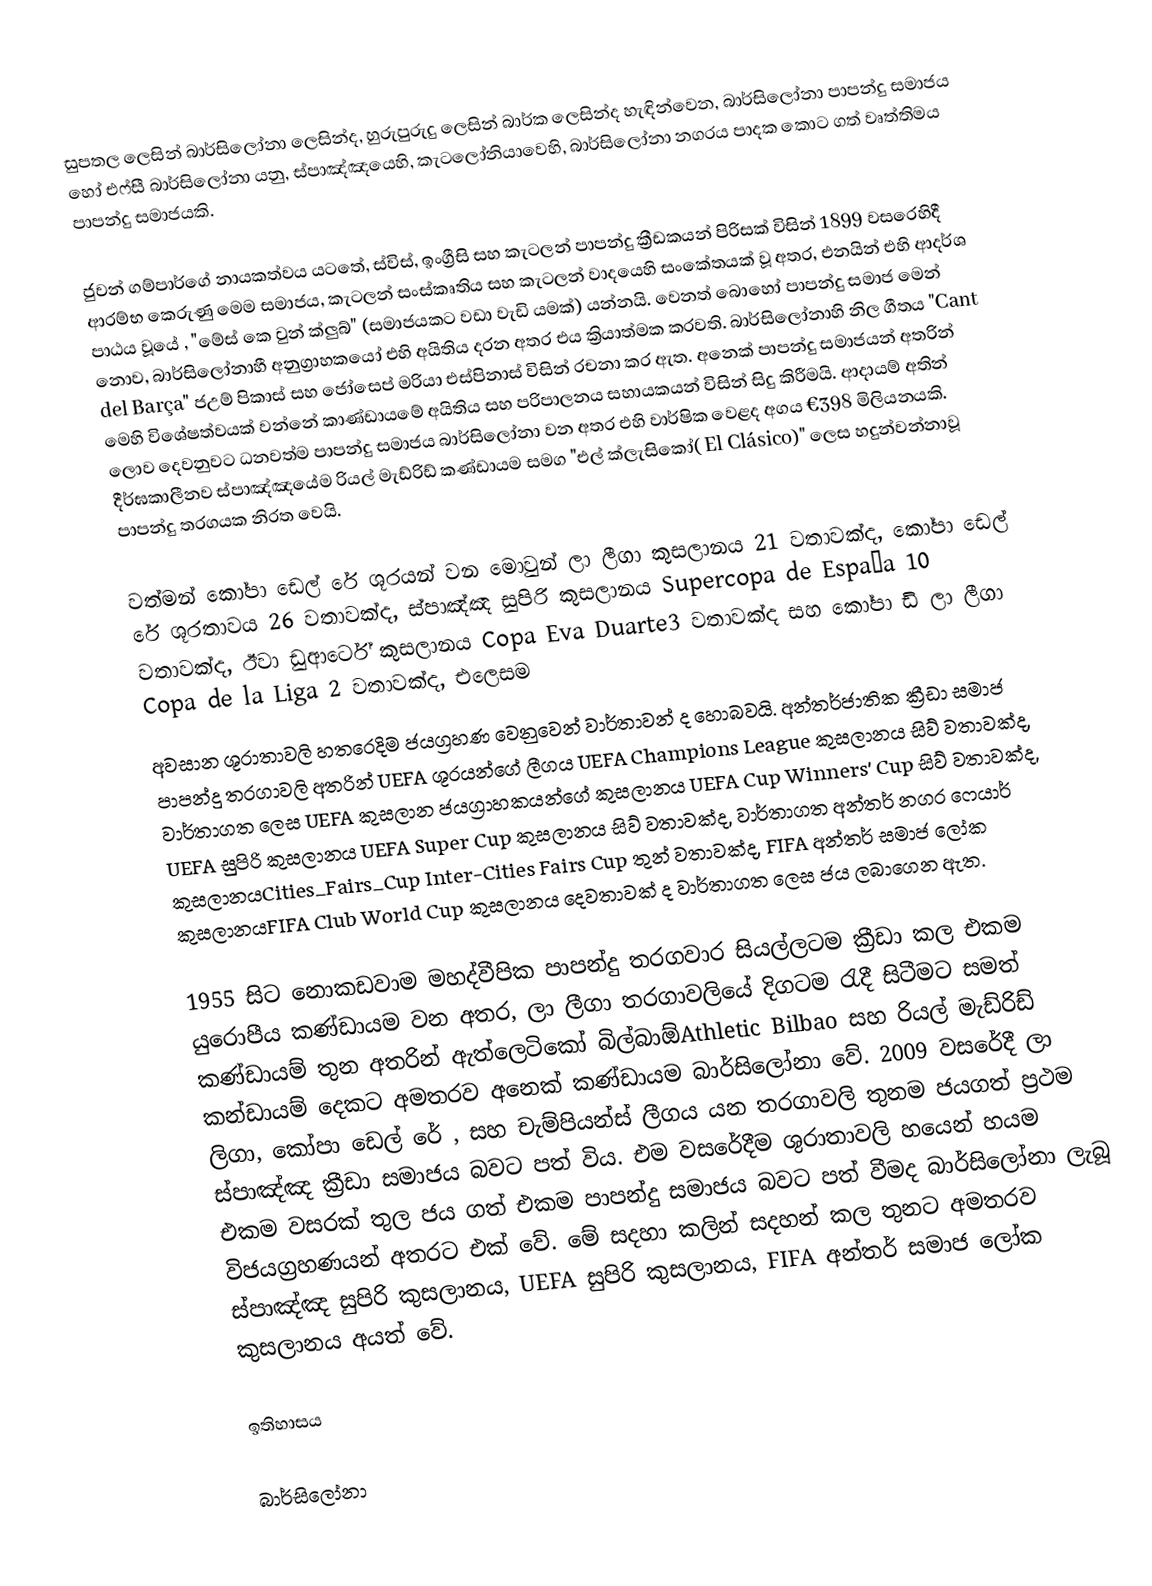
සුපතල ලෙසින්  බාර්සිලෝනා ලෙසින්ද, හුරුපුරුදු ලෙසින් බාර්ක ලෙසින්ද හැඳින්වෙන, බාර්සිලෝනා පාපන්දු සමාජය හෝ එෆ්සී බාර්සිලෝනා යනු, ස්පාඤ්ඤයෙහි,  කැටලෝනියාවෙහි,  බාර්සිලෝනා නගරය පාදක කොට ගත් වෘත්තිමය පාපන්දු සමාජයකි.

ජුවන් ගම්පාර්ගේ නායකත්වය යටතේ, ස්විස්, ඉංග්‍රීසි සහ කැටලන් පාපන්දු ක්‍රීඩකයන් පිරිසක් විසින් 1899 වසරෙහිදී ආරම්භ කෙරුණු මෙම සමාජය, කැටලන් සංස්කෘතිය සහ  කැටලන් වාදයෙහි සංකේතයක් වූ අතර, එනයින් එහි ආදර්ශ පාඨය වූයේ , "මේස් කෙ වුන් ක්ලුබ්" (සමාජයකට වඩා වැඩි යමක්) යන්නයි.  වෙනත් බොහෝ පාපන්දු සමාජ මෙන් නොව, බාර්සිලෝනාහී අනුග්‍රාහකයෝ එහි අයිතිය දරන අතර එය ක්‍රියාත්මක කරවති. බාර්සිලෝනාහි නිල ගීතය "Cant del Barça" ජඋම් පිකාස් සහ ජෝසෙප් මරියා එස්පිනාස්  විසින් රචනා කර ඇත. අනෙක් පාපන්දු සමාජයන් අතරින් මෙහි විශේෂත්වයක් වන්නේ කාණ්ඩායමේ අයිතිය සහ පරිපාලනය සහායකයන් විසින් සිදු කිරීමයි. ආදායම් අතින් ලොව දෙවනුවට ධනවත්ම පාපන්දු සමාජය බාර්සිලෝනා වන අතර එහි වාර්ෂික වෙළද අගය €398 මිලියනයකි. දීර්ඝකාලීනව ස්පාඤ්ඤයේම රියල් මැඩ්රිඩ් කණ්ඩායම සමග  "එල් ක්ලැසිකෝ( El Clásico)" ලෙස හදුන්වන්නාවූ පාපන්දු තරගයක නිරත වෙයි.

වත්මන් කෝපා ඩෙල් රේ ශූරයන් වන මොවුන් ලා ලීගා  කුසලානය 21 වතාවක්ද, කෝපා ඩෙල් රේ ශූරතාවය 26 වතාවක්ද, ස්පාඤ්ඤ සුපිරි කුසලානය Supercopa de España 10 වතාවක්ද, ඊවා ඩුආර්ටේ කුසලානය Copa Eva Duarte3 වතාවක්ද සහ කෝපා ඩි ලා ලීගා Copa de la Liga 2 වතාවක්ද, එලෙසම
අවසාන ශූරාතාවලි හතරෙදිම ජයග්‍රහණ වෙනුවෙන් වාර්තාවන් ද හොබවයි. අන්තර්ජාතික ක්‍රීඩා සමාජ පාපන්දු තරගාවලි අතරින් UEFA ශූරයන්ගේ ලීගය  UEFA Champions League කුසලානය සිව් වතාවක්ද, වාර්තාගත ලෙස UEFA කුසලාන ජයග්‍රාහකයන්ගේ කුසලානය UEFA Cup Winners' Cup සිව් වතාවක්ද, UEFA සුපිරි කුසලානය UEFA Super Cup කුසලානය සිව් වතාවක්ද, වාර්තාගත  අන්තර් නගර ෆෙයාර් කුසලානයCities_Fairs_Cup Inter-Cities Fairs Cup තුන් වතාවක්ද, FIFA අන්තර් සමාජ ලෝක කුසලානයFIFA Club World Cup කුසලානය දෙවතාවක් ද වාර්තාගත ලෙස ජය ලබාගෙන ඇත.

1955 සිට නොකඩවාම මහද්වීපික පාපන්දු තරගවාර සියල්ලටම ක්‍රීඩා කල එකම යුරොපීය කණ්ඩායම වන අතර,  ලා ලීගා තරගාවලියේ දිගටම රැදී සිටීමට සමත් කණ්ඩායම් තුන අතරින් ඇත්ලෙටිකෝ බිල්බාඕAthletic Bilbao සහ රියල් මැඩ්රිඩ් කන්ඩායම් දෙකට අමතරව අනෙක් කණ්ඩායම බාර්සිලෝනා වේ. 2009 වසරේදී ලා ලිගා, කෝපා ඩෙල් රේ , සහ චැම්පියන්ස් ලීගය යන තරගාවලි තුනම ජයගත් ප්‍රථම ස්පාඤ්ඤ ක්‍රීඩා සමාජය බවට පත් විය. එම වසරේදීම ශුරාතාවලි හයෙන් හයම එකම වසරක් තුල ජය ගත් එකම පාපන්දු සමාජය බවට පත් වීමද බාර්සිලෝනා ලැබූ විජයග්‍රහණයන් අතරට එක් වේ. මේ සදහා කලින් සදහන් කල තුනට අමතරව ස්පාඤ්ඤ සුපිරි කුසලානය, UEFA සුපිරි කුසලානය, FIFA අන්තර් සමාජ ලෝක කුසලානය අයත් වේ.

ඉතිහාසය

බාර්සිලෝනා